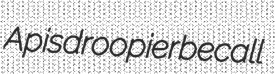
Apis droopier becall